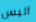
أليس